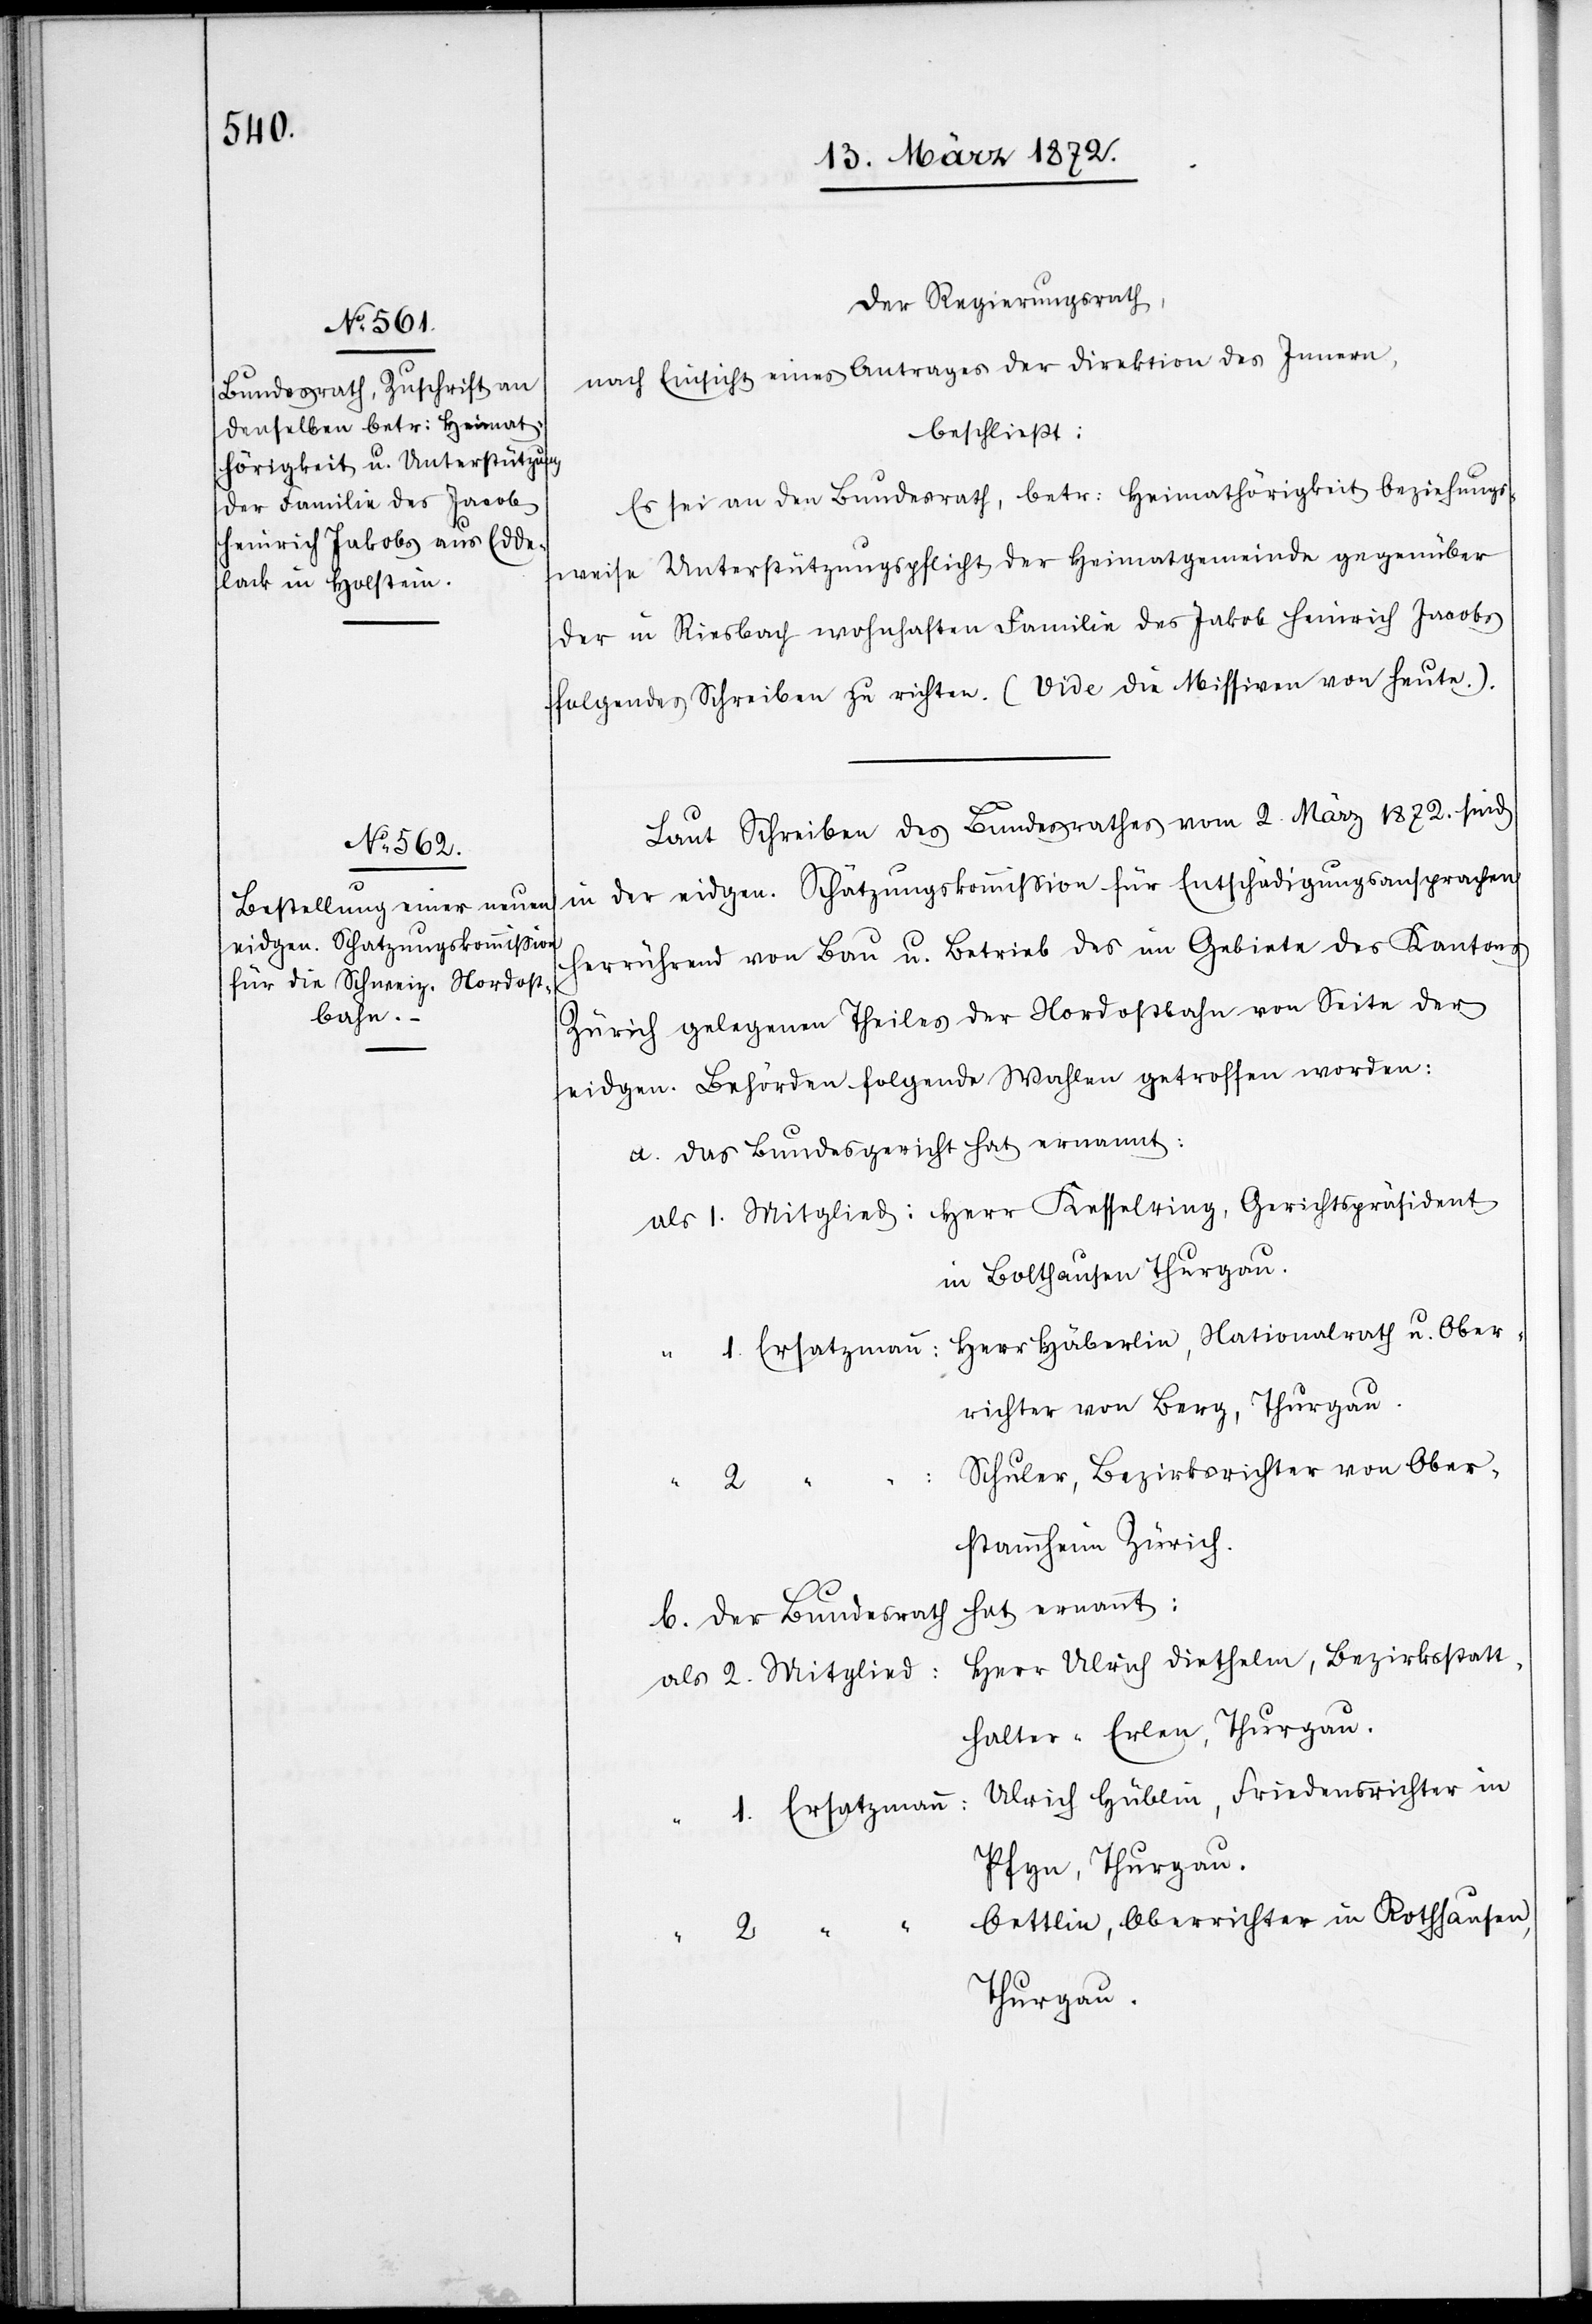
Der Regierungsrath,
nach Einsicht eines Antrages der Direktion des Innern,
beschließt:
Es sei an den Bundesrath, betr: Heimathörigkeit beziehungs¬
weise Unterstützungspflicht der Heimatgemeinde gegenüber
der in Riesbach wohnhaften Familie des Jakob Heinrich Jacobs
folgendes Schreiben zu richten. (Vide die Missiven von heute.).
Laut Schreiben des Bundesrathes vom 2. März 1872. sind
in der eidgen. Schätzungskommission für Entschädigungsansprachen
herrührend von Bau u. Betrieb des im Gebiete des Kantons
Zürich gelegenen Theiles der Nordostbahn von Seite der
eidgen. Behörden folgende Wahlen getroffen worden:
a. Das Bundesgericht hat ernannt:
in Bolthausen, Thurgau.
Herr Häberlin, Nationalrath u. Ober¬
richter von Berg, Thurgau.
Schuler, Bezirksrichter von Ober¬
2 “
“
stammheim Zürich.
hat ernannt:
b. Der Bundesrath
Herr Ulrich Diethelm, Bezirksstatt¬
als 2. Mitglied:
halter “ Erlen, Thurgau.
Ulrich Hüblin, Friedensrichter im
1. Ersatzmann:
Pfyn, Thurgau.
Oettlin, Oberrichter in Rothhausen,
Thurgau.